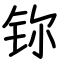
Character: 鿭